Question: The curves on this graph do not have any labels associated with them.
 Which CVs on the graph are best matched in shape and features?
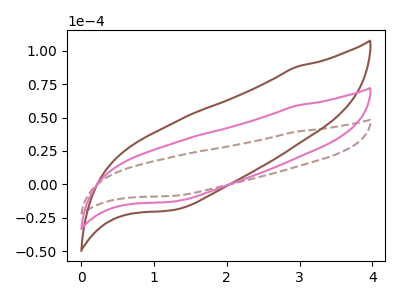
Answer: <think>The brown dashed curve "brown dashed" has no peaks. The brown curve "brown" has no peaks. The pink curve "pink" has no peaks.
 Neither "brown dashed" or "brown" have any peaks. Neither "brown dashed" or "pink" have any peaks. Neither "brown" or "pink" have any peaks.</think>
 <answer>"brown dashed", "brown" and "pink" have the same shape and are likely CV's of the same chemical.</answer>
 <eval>"brown dashed" "brown" "pink"</eval>